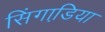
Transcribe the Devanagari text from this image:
सिंगाडि़या